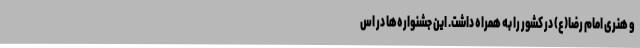
و هنری امام رضا(ع) در کشور را به همراه داشت. این جشنواره‌ها در اس